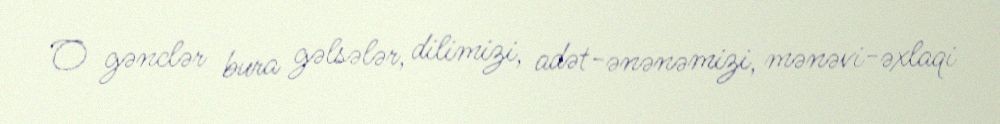
O gənclər bura gəlsələr, dilimizi, adət-ənənəmizi, mənəvi-əxlaqi